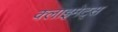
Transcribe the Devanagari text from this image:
क्लाइमेट्स